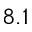
8 . 1